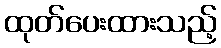
ထုတ်ပေးထားသည့်